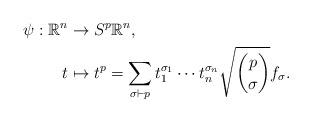
LaTeX: \begin{align*}\psi:\mathbb{R}^n &\to S^p\mathbb{R}^n,\\t &\mapsto t^p=\sum_{\sigma\vdash p}t_1^{\sigma_1} \cdots t_n^{\sigma_n} \sqrt{\binom{p}{\sigma}} f_{\sigma}.\end{align*}